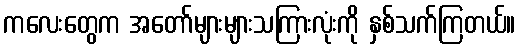
ကလေးတွေက အတော်များများသကြားလုံးကို နှစ်သက်ကြတယ်။